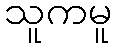
သူကမူ